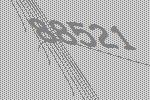
88521